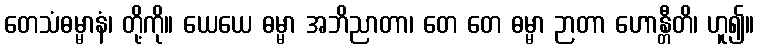
တေသံဓမ္မာနံ၊ တို့ကို။ ယေယေ ဓမ္မာ အဘိညာတာ၊ တေ တေ ဓမ္မာ ဉာတာ ဟောန္တီတိ၊ ဟူ၍။